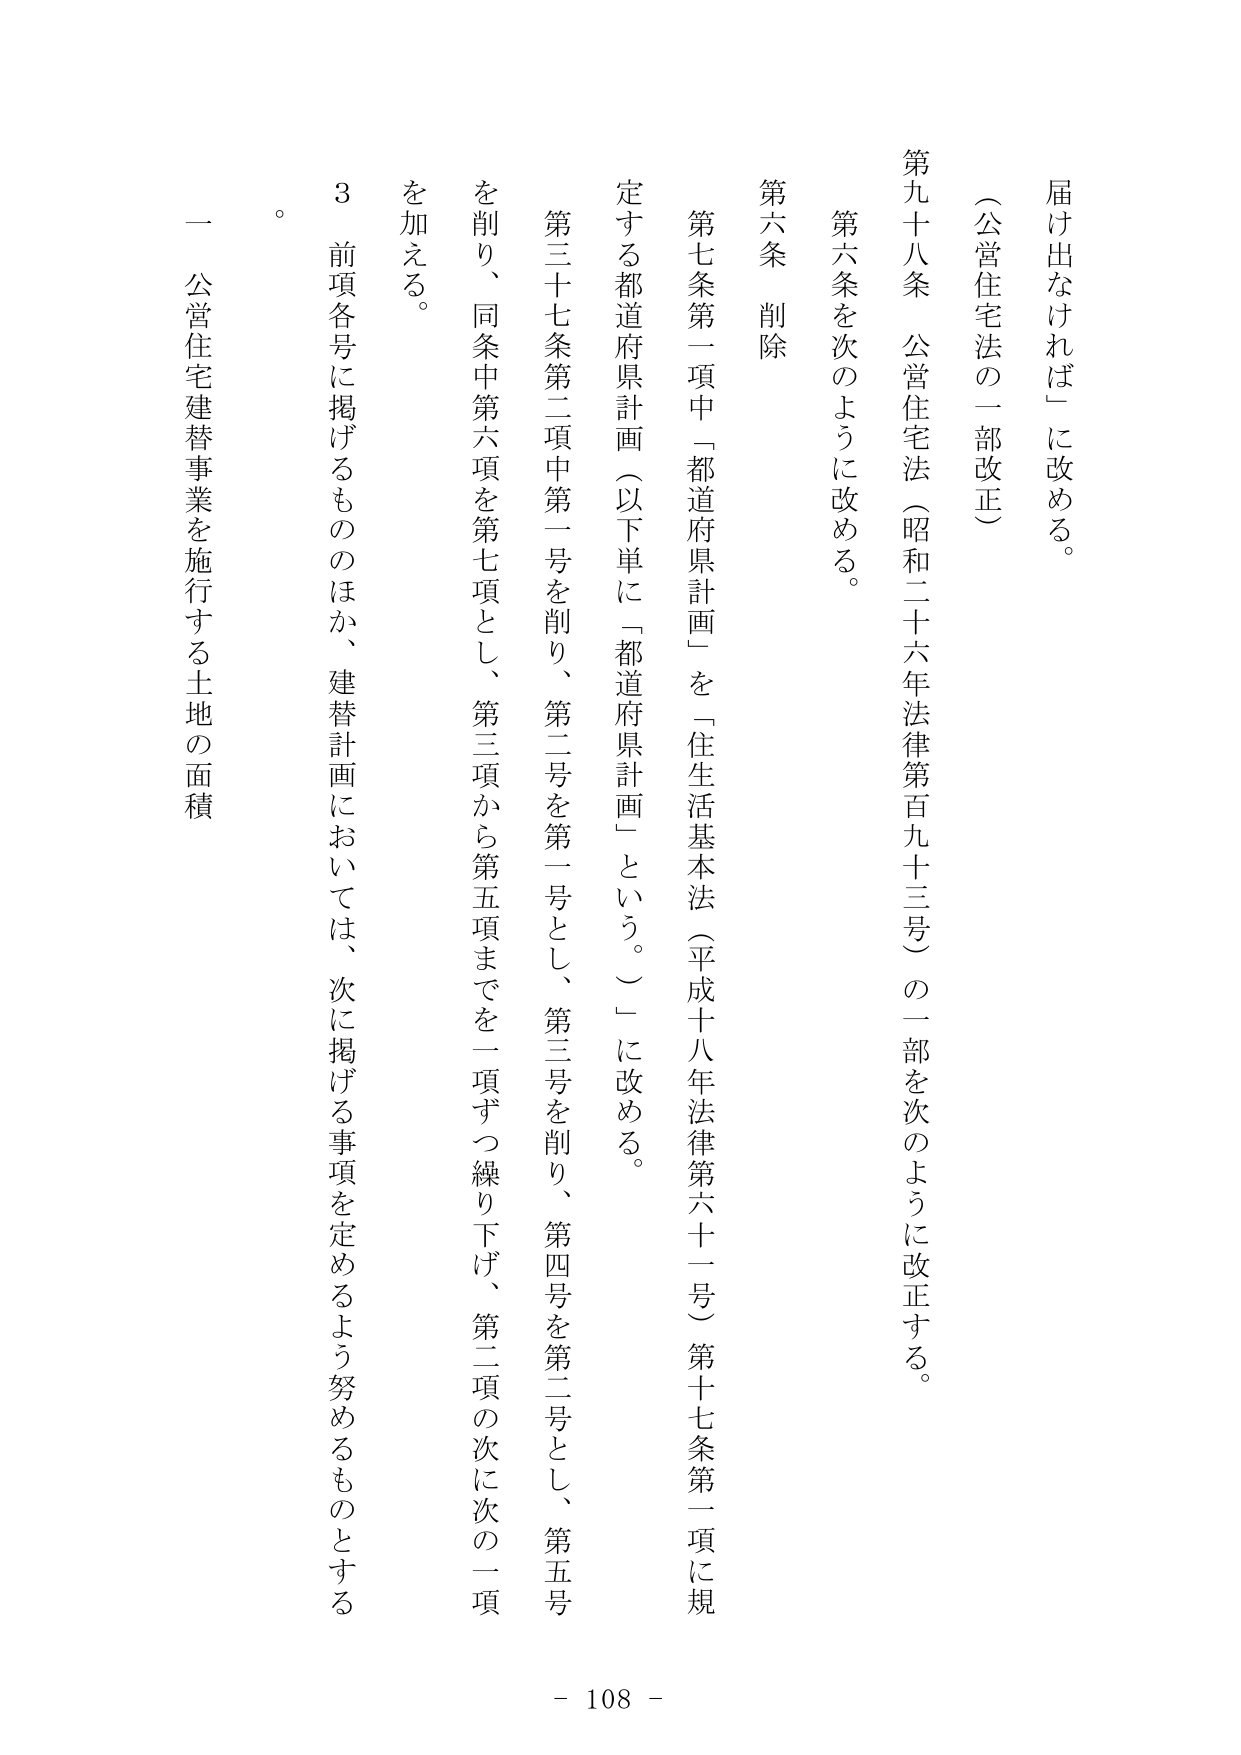
届け出なければ」に改める。

（公営住宅法の一部改正）

第九十八条 公営住宅法（昭和二十六年法律第百九十三号）の一部を次のように改正する。

第六条を次のように改める。

第六条 削除

第七条第一項中「都道府県計画」を「住生活基本法（平成十八年法律第六十一号）第十七条第一項に規定する都道府県計画（以下単に「都道府県計画」という。）」に改める。

第三十七条第二項中第一号を削り、第二号を第一号とし、第三号を削り、第四号を第二号とし、第五号を削り、同条中第六項を第七項とし、第三項から第五項までを一項ずつ繰り下げ、第二項の次に次の一項を加える。

３ 前項各号に掲げるもののほか、建替計画においては、次に掲げる事項を定めるよう努めるものとする。

一 公営住宅建替事業を施行する土地の面積

。

- 108 -